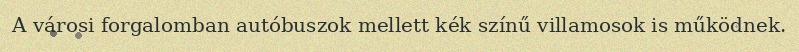
A városi forgalomban autóbuszok mellett kék színű villamosok is működnek.